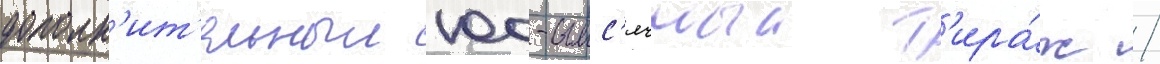
дополн'ит'ельныи 100-тыс'ячныи т'ира́ж /